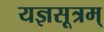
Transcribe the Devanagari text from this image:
यज्ञसूत्रम्